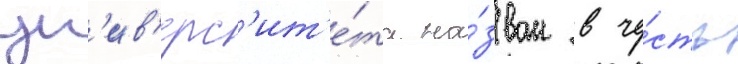
ун'ив'ерс'ит'е́та на́зван в че́сть